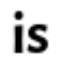
is